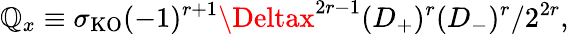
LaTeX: \mathbb{Q}_{x}\equiv\sigma_{\mathrm{{KO}}}(-1)^{r+1}\Deltax^{2r-1}(D_{+})^{r}(D_{-})^{r}/2^{2r},